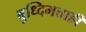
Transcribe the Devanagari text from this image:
बुध्दिमत्ताही